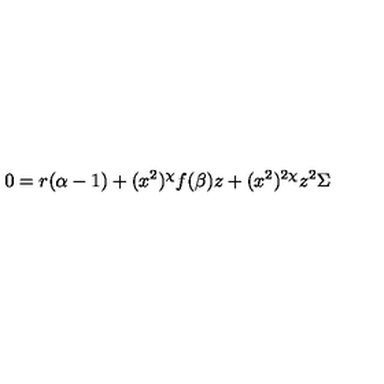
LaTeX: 0 = r ( \alpha - 1 ) + ( x ^ { 2 } ) ^ { \chi } f ( \beta ) z + ( x ^ { 2 } ) ^ { 2 \chi } z ^ { 2 } \Sigma